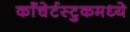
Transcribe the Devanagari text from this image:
काँचेर्टस्टुकमध्ये